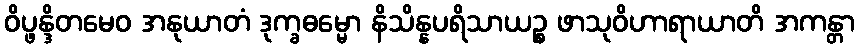
ဝိပ္ဖန္ဒိတမေဝ အနုယာတံ ဒုက္ခဓမ္မော နိသိန္နပရိသာယဉ္စ ဖာသုဝိဟာရာယာတိ အကန္တာ